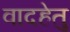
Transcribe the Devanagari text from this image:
वादहेतु